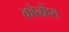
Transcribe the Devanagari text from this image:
कोन्फ्रेंस